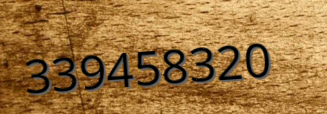
339458320